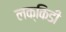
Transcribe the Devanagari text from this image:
लक्किडी